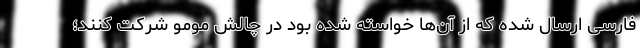
فارسی ارسال شده که از آن‌ها خواسته شده بود در چالش مومو شرکت کنند؛